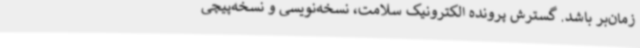
زمان‌بر باشد. گسترش پرونده الکترونیک سلامت، نسخه‌نویسی و نسخه‌پیچی